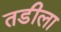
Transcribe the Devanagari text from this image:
तडीला